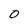
Character: 0